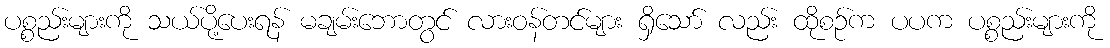
ပစ္စည်းများကို သယ်ပို့ပေးရန် မချမ်းဘောတွင် လားဝန်တင်များ ရှိသော် လည်း ထိုစဉ်က ပပက ပစ္စည်းများကို